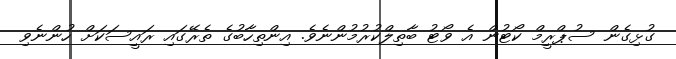
ގުޅިގެން ސުޕްރީމް ކޯޓުން އެ ވޯޓު ބާތިލްކުރުމުންނެވެ. އިންތިހާބުގެ ތެރޭގައި ރައީސަކަށް ހުންނެވި